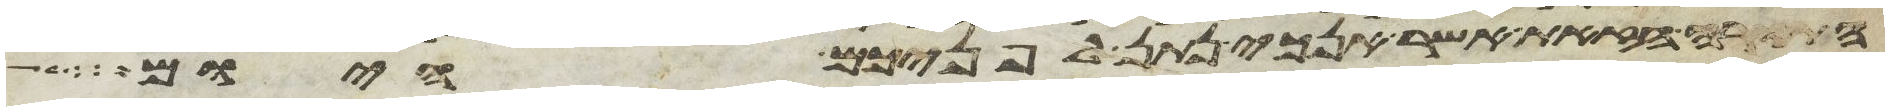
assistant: התורה הזאת אשר אנכי נתן לפניכם היום